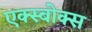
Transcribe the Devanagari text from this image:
एक्स्बोक्स